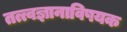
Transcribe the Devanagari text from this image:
तत्त्वज्ञानाविषयक